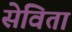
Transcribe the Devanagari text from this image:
सेविता